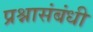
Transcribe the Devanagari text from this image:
प्रश्नासंबंधी